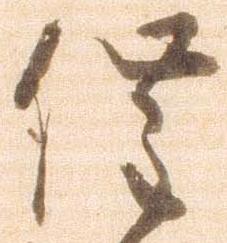
催